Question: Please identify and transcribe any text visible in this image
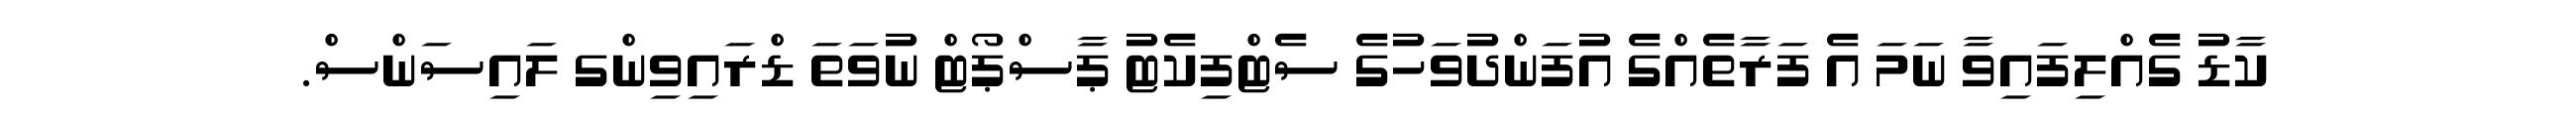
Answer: ކާޑު ގެއްލިފައިވާ ނަމަ އެ ފަރާތެއްގެ އުފަންދުވަހުގެ ސެޓްފިކެޓު ޕާސްޕޯޓް ނުވަތަ ޑްރައިވިންގ ލައިސަންސް.